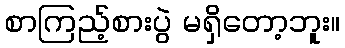
စာကြည့်စားပွဲ မရှိတော့ဘူး။